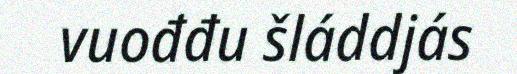
vuođđu šláddjás